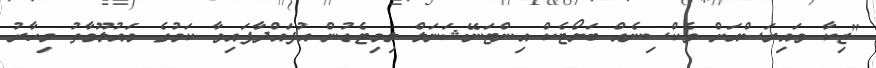
"ޒިކާ ވައިރަސްއަށް ވެކްސިނެއް ބަޔޯޓެކް އިންޓަނޭޝަނަލް ލިމިޓެޑުން އުފައްދާފައިވާ ކަމުގެ މައުލޫމާތު މިހާރު